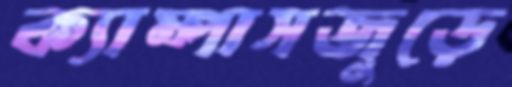
ক্যাম্পাসজুড়ে